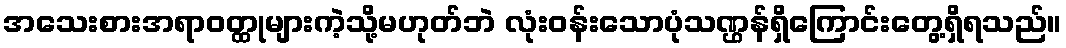
အသေးစားအရာဝတ္ထုများကဲ့သို့မဟုတ်ဘဲ လုံးဝန်းသောပုံသဏ္ဌန်ရှိကြောင်းတွေ့ရှိရသည်။